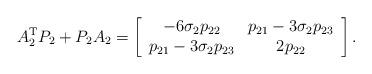
LaTeX: \begin{align*}A_{2}^{\mathrm{T}}P_{2}+P_{2}A_{2}=\left[\begin{array}[c]{cc}-6\sigma_{2}p_{22} & p_{21}-3\sigma_{2}p_{23}\\p_{21}-3\sigma_{2}p_{23} & 2p_{22}\end{array}\right] .\end{align*}